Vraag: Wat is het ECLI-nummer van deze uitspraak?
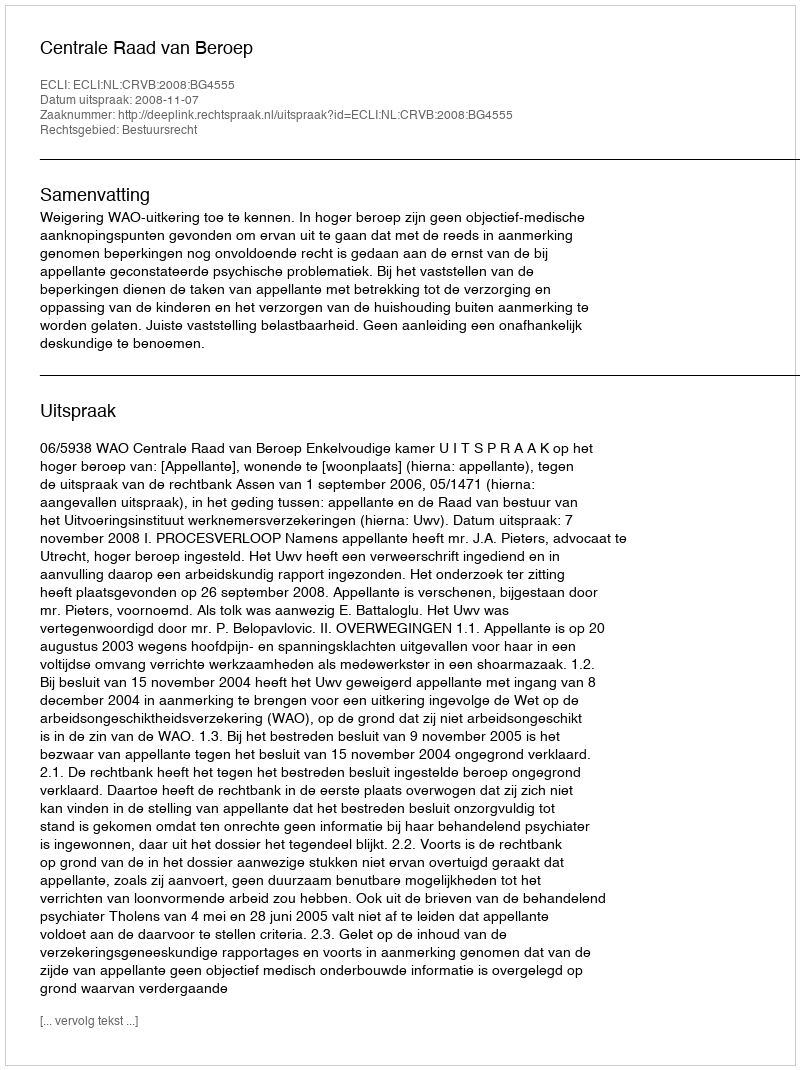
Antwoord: ECLI:NL:CRVB:2008:BG4555